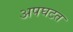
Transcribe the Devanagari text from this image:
अपघटत